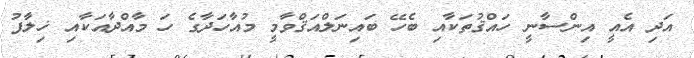
އަދި އެއީ އިންސާނީ ހައްޤުތަކާއި ބެހޭ ބައިނަލްއަޤްވާމީ މުއާހަދާގެ ހަ މާއްދާއަކާއި ޚިލާފު